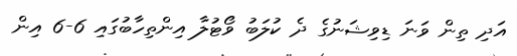
އަދި ތިން ވަނަ ޑިވިޝަނުގެ ދެ ކުލަބު ވޯޓުލާ އިންތިހާބުގައި 6-6 އިން